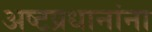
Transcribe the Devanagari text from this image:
अष्टप्रधानांना